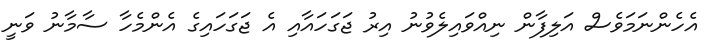
އެހެންނަމަވެސް އަލިފާން ނިއްވައިލެވުނު އިރު ޖަގަހައާއި އެ ޖަގަހައިގެ އެންމެހާ ސާމާނު ވަނީ